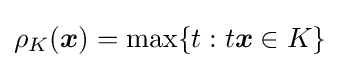
\rho _{K}({\boldsymbol {x}})=\max\{t:t{\boldsymbol {x}}\in K\}